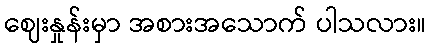
ဈေးနှုန်းမှာ အစားအသောက် ပါသလား။